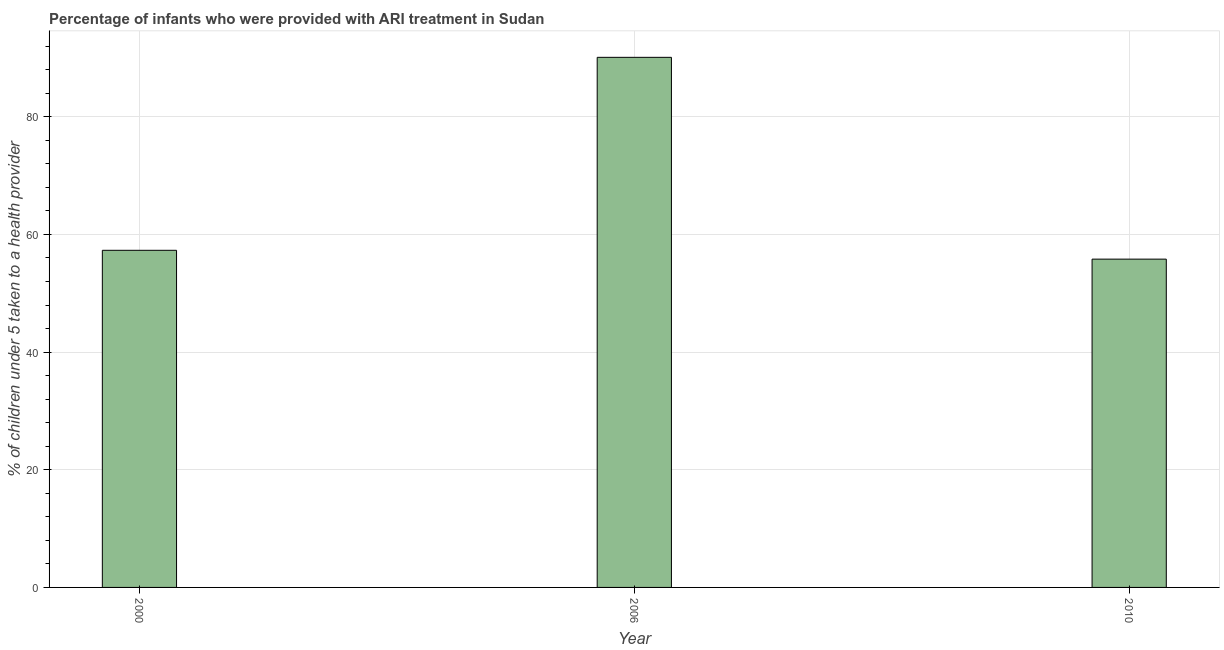
| Year | ARI treatment |
 | --- | --- |
 | 2000 | 57.3 |
 | 2006 | 90.1 |
 | 2010 | 55.8 |